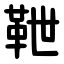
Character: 靾